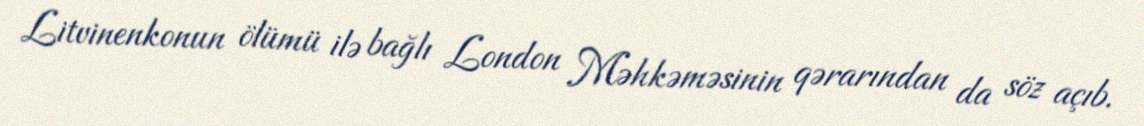
Litvinenkonun ölümü ilə bağlı London Məhkəməsinin qərarından da söz açıb.